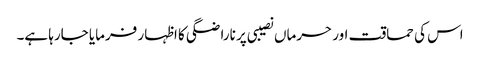
اس کی حماقت اور حرماں نصیبی پر ناراضگی کا اظہار فرمایا جارہا ہے۔